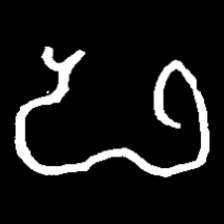
Pyu character \u2014 Myanmar letter: ဖ (romanized: pha)